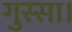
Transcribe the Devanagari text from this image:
गुस्सा।